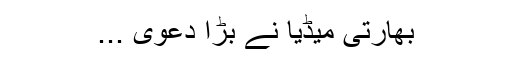
بھارتی میڈیا نے بڑا دعویٰ ...